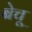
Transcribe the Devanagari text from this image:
बेचू